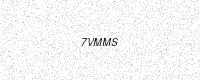
Text: 7VMMS